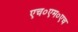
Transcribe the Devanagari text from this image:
एच०एम०एच